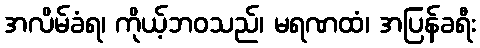
အလိမ်ခံရ၊ ကိုယ့်ဘဝသည်၊ မရဏထံ၊ အပြန်ခရီး